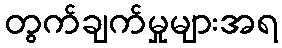
တွက်ချက်မှုများအရ